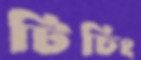
টিচিং